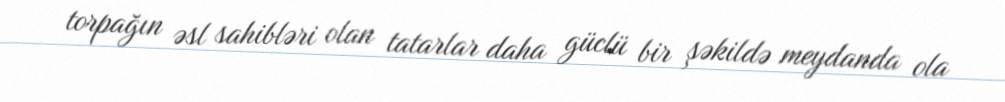
torpağın əsl sahibləri olan tatarlar daha güclü bir şəkildə meydanda ola